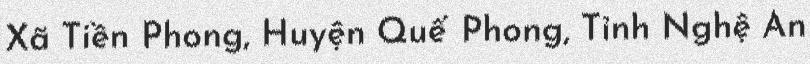
Xã Tiền Phong, Huyện Quế Phong, Tỉnh Nghệ An